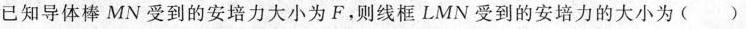
已知导体棒MN受到的安培力大小为F。则线框LMN受到的安培力的大小为( )